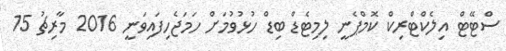
ސްޓޭޓް އިލެކްޓްރިކް ކޮމްޕެނީ ލިމިޓެޑް ބިޑް ހުޅުވުމަށް ހަމަޖެހިފައިވަނީ 2016 މާރިޗު 15